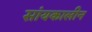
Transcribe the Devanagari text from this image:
सांयकालीन